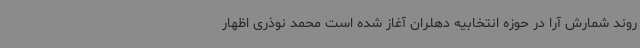
روند شمارش آرا در حوزه انتخابیه دهلران آغاز شده است محمد نوذری اظهار